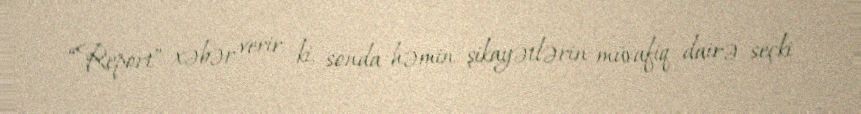
“Report” xəbər verir ki, sonda həmin şikayətlərin müvafiq dairə seçki